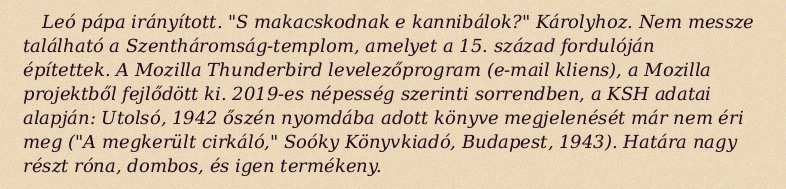
Leó pápa irányított. "S makacskodnak e kannibálok?" Károlyhoz. Nem messze található a Szentháromság-templom, amelyet a 15. század fordulóján építettek. A Mozilla Thunderbird levelezőprogram (e-mail kliens), a Mozilla projektből fejlődött ki. 2019-es népesség szerinti sorrendben, a KSH adatai alapján: Utolsó, 1942 őszén nyomdába adott könyve megjelenését már nem éri meg ("A megkerült cirkáló," Soóky Könyvkiadó, Budapest, 1943). Határa nagy részt róna, dombos, és igen termékeny.